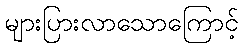
များပြားလာသောကြောင့်